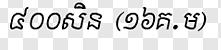
៨០០សិន (១៦គ.ម)